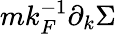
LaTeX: mk_{F}^{-1}\partial_{k}\Sigma